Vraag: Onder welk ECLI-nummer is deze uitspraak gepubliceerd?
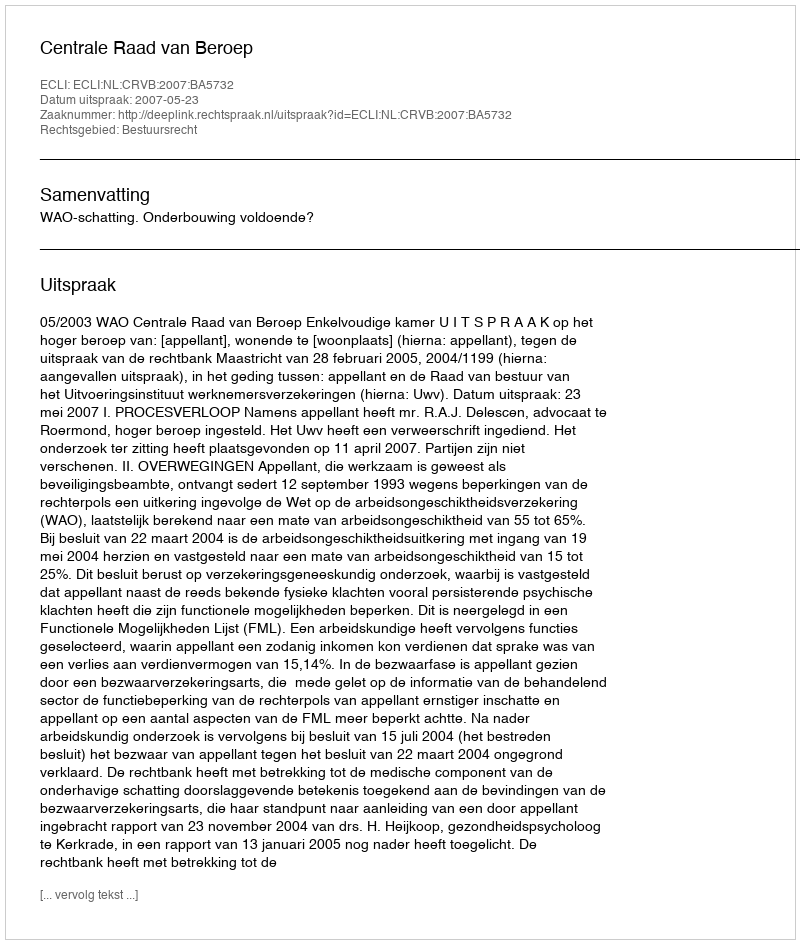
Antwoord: ECLI:NL:CRVB:2007:BA5732